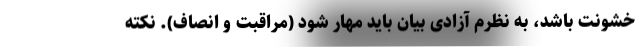
خشونت باشد، به نظرم آزادی بیان باید مهار شود (مراقبت و ‌انصاف). نکته